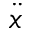
\ddot { x }